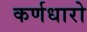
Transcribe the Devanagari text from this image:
कर्णधारो